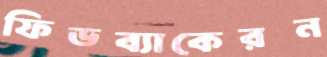
ফিডব্যাকেরন